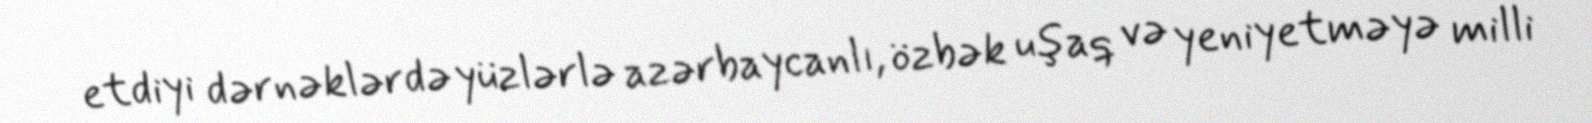
etdiyi dərnəklərdə yüzlərlə azərbaycanlı, özbək uşaq və yeniyetməyə milli